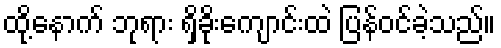
ထို့နောက် ဘုရား ရှိခိုးကျောင်းထဲ ပြန်ဝင်ခဲ့သည်။